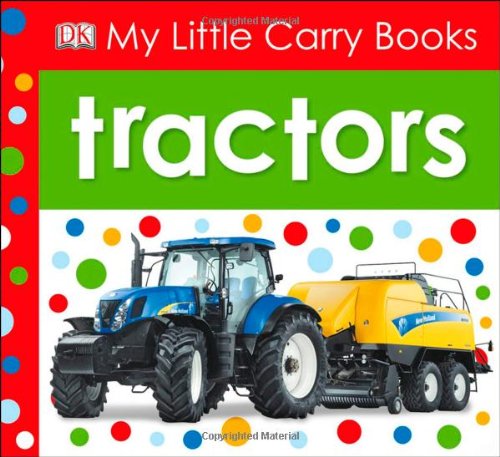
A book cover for My Little Carry Books: Tractors; DK Publishing; Children's Books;